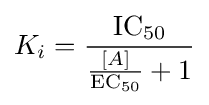
K_{i}={\frac {\mathrm {IC} {\vphantom {A}}_{\smash[{t}]{50}}}{{\frac {[A]}{\mathrm {EC} {\vphantom {A}}_{\smash[{t}]{50}}}}+1}}